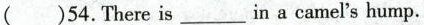
( )54.There is ___ in a camel's hump.